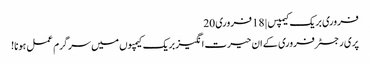
فروری بریک کیمپس | 18 فروری 20
پری رجسٹر فروری کے ان حیرت انگیز بریک کیمپوں میں سرگرم عمل ہونا!